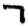
Digit: 7